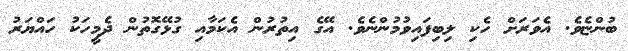
ބުންޏެވެ. އެވަރަށް ހެކި ލިބިފައިވުމުންނެވެ. އޭގެ އިތުރުން އެކަމާއި ގުޅޭގޮތުން ދެމީހަކު ހައްޔަރު